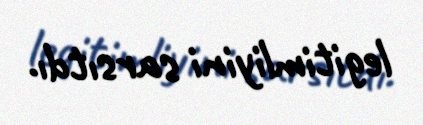
legitimliyini sarsıtdı.